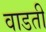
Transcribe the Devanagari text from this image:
वाडती